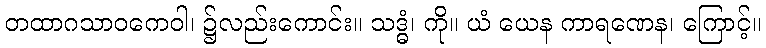
တထာဂသာဝကေဝါ၊ ၌လည်းကောင်း။ သဒ္ဓံ၊ ကို။ ယံ ယေန ကာရဏေန၊ ကြောင့်။